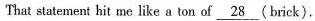
That statement hit me like a ton of \underline {28} (brick),